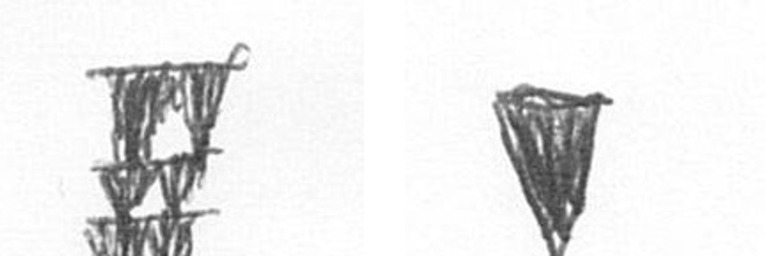
Y J